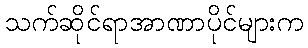
သက်ဆိုင်ရာအာဏာပိုင်များက